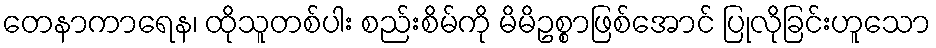
တေနာကာရေန၊ ထိုသူတစ်ပါး စည်းစိမ်ကို မိမိဥစ္စာဖြစ်အောင် ပြုလိုခြင်းဟူသော